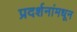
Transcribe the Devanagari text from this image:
प्रदर्शनांमधून